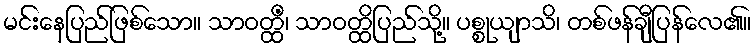
မင်းနေပြည်ဖြစ်သော။ သာဝတ္ထိံ၊ သာဝတ္ထိပြည်သို့။ ပစ္စုယျာသိ၊ တစ်ဖန်ချီပြန်လေ၏။